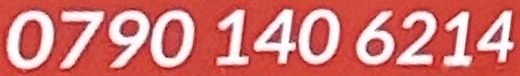
0790 140 6214